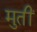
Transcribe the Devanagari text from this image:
मुतीं